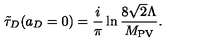
\tilde { \tau } _ { D } ( a _ { D } = 0 ) = \frac { i } { \pi } \ln \frac { 8 \sqrt { 2 } \Lambda } { M _ { \mathrm { P V } } } .